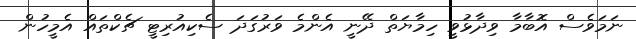
ނަމަވެސް އޮބާމާ ވިދާޅުވީ ހިމާޔަތް ދޭނީ އެންމެ ވަރުގަދަ ސެކިއުރިޓީ ޗެކްތައް އެމީހުން